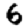
Digit: 6